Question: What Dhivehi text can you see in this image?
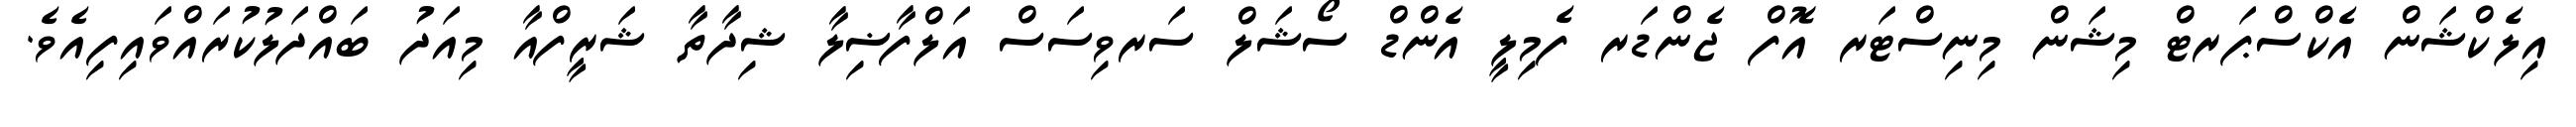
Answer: އިލެކްޝަން އެކްސްޕަރޓް މިޝަން މިނިސްޓަރ އޮފް ޖެންޑަރ ފެމިލީ އެންޑް ސޯޝަލް ސަރވިސަސް އަލްފާޟިލާ ޝިދާތާ ޝަރީފްއާ މިއަދު ބައްދަލުކުރައްވައިފިއެވެ.